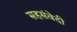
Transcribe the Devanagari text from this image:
सहसंवेदी